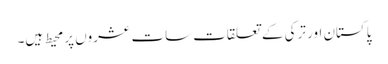
پاکستان اور ترکی کے تعلقات سات عشروں پر محیط ہیں۔